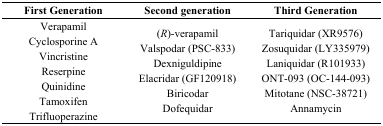
<table><thead><tr><td><b>First Generation</b></td><td><b>Second generation</b></td><td><b>Third Generation</b></td></tr></thead><tbody><tr><td>Verapamil Cyclosporine A Vincristine Reserpine Quinidine Tamoxifen Trifluoperazine</td><td>(<i>R</i>)-verapamil Valspodar (PSC-833) Dexniguldipine Elacridar (GF120918) Biricodar Dofequidar</td><td>Tariquidar (XR9576) Zosuquidar (LY335979) Laniquidar (R101933) ONT-093 (OC-144-093) Mitotane (NSC-38721) Annamycin</td></tr></tbody></table>